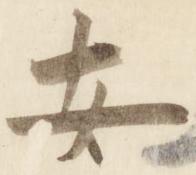
安